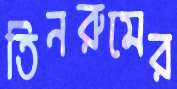
তিনরুমের